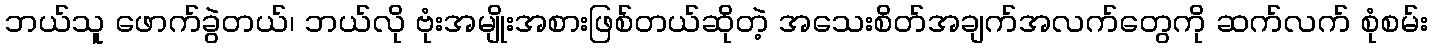
ဘယ်သူ ဖောက်ခွဲတယ်၊ ဘယ်လို ဗုံးအမျိုးအစားဖြစ်တယ်ဆိုတဲ့ အသေးစိတ်အချက်အလက်တွေကို ဆက်လက် စုံစမ်း